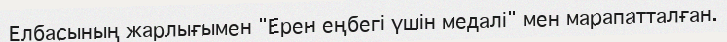
Елбасының жарлығымен "Ерен еңбегі үшін медалі" мен марапатталған.